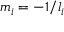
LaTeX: m _ { i } = - 1 / l _ { i }